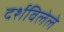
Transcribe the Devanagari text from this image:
दर्शविलेले